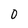
Character: 0